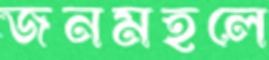
জনমহলে